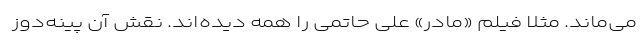
می‌ماند. مثلا فیلم «مادر» علی حاتمی را همه دیده‌اند. نقش آن پینه‌دوز